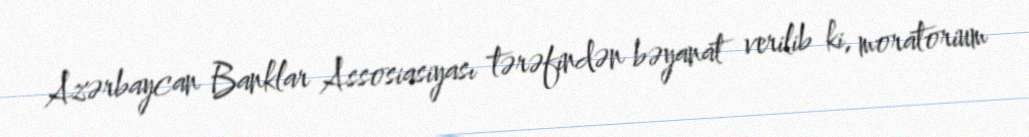
Azərbaycan Banklar Assosiasiyası tərəfindən bəyanat verilib ki, moratorium